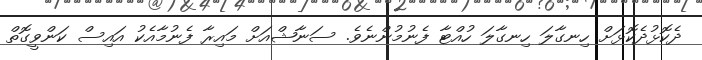
ދެކޮޅުދެކޮޅަށް ހިނގާލަ ހިނގާލަ ހުއްޓާ ފެނުމުންނެވެ. ސަނާޝްއަށް މައިރާ ފެނުމާއެކު އައިސް ކަންވީގޮތް